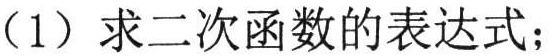
（1）求二次函数的表达式；